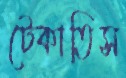
টেকাতিস